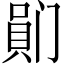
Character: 𪡯